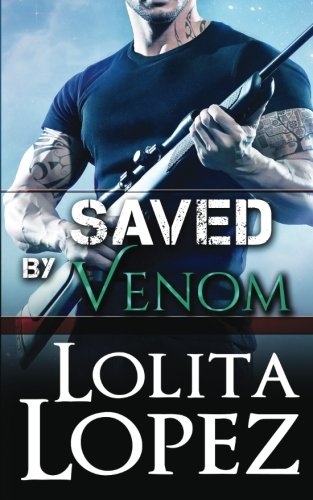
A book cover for Saved by Venom (Grabbed) (Volume 3); Lolita Lopez; Romance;